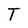
Character: T